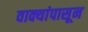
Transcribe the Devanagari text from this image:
वाक्यांपासून